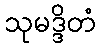
သုမဒ္ဒိတံ